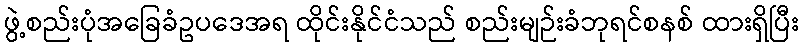
ဖွဲ့စည်းပုံအခြေခံဥပဒေအရ ထိုင်းနိုင်ငံသည် စည်းမျဉ်းခံဘုရင်စနစ် ထားရှိပြီး